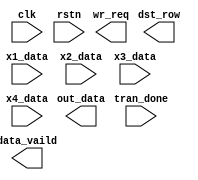
module calculator(
      input                   clk         ,
      input                   rstn        ,

      output         [11:0]   dst_row     ,
      output                  wr_req      ,//row_done
      input          [15:0]   x1_data     ,
      input          [15:0]   x2_data     ,
      input          [15:0]   x3_data     ,
      input          [15:0]   x4_data     ,
      input                   tran_done   ,

      output         [15:0]   out_data    ,
      output                  data_vaild  

);

always @(posedge clk or negedge rstn) begin
      

end

   
endmodule